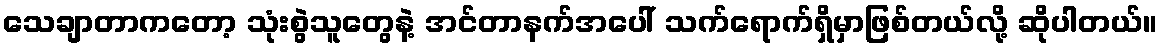
သေချာတာကတော့ သုံးစွဲသူတွေနဲ့ အင်တာနက်အပေါ် သက်ရောက်ရှိမှာဖြစ်တယ်လို့ ဆိုပါတယ်။